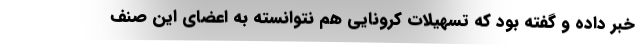
خبر داده و گفته بود که تسهیلات کرونایی هم نتوانسته به اعضای این صنف